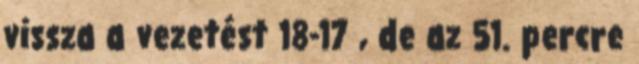
vissza a vezetést 18-17 , de az 51. percre